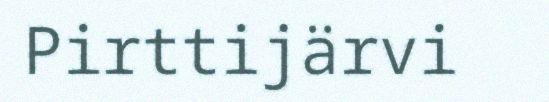
Pirttijärvi